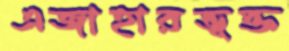
এজাহারভূক্ত